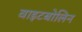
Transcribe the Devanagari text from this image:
वाइटबोलिन